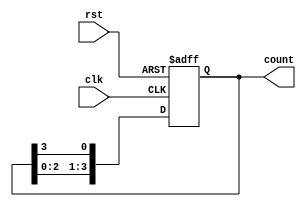
module ring_counter #(parameter N = 4) (
    input wire clk,      // Clock signal
    input wire rst,      // Reset signal
    output reg [N-1:0] count // Output of the ring counter
);

// Initial state (single '1' at the least significant bit)
always @(posedge clk or posedge rst) begin
    if (rst) begin
        count <= 1'b1; // Reset to initial state (000...001)
    end else begin
        count <= {count[N-2:0], count[N-1]}; // Shift left and wrap around
    end
end

endmodule